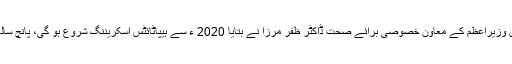
چیئر مین خالد حسین کی زیرصدارت قومی اسمبلی کی قائمہ کمیٹی برائے قومی سلامتی کے اجلاس میں وزیراعظم کے معاون خصوصی برائے صحت ڈاکٹر ظفر مرزا نے بتایا 2020 ء سے ہیپاٹائٹس اسکریننگ شروع ہو گی، پانچ سالہ پروگرام کے دوران 14 کروڑلوگوں کی سکریننگ کی جائے گی، پولیو کیسزکی مختلف وجوہات ہیں۔